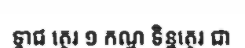
ទ្វាជ ត្ថេរ ១ កណ្ហ ទិន្នត្ថេរ ជា